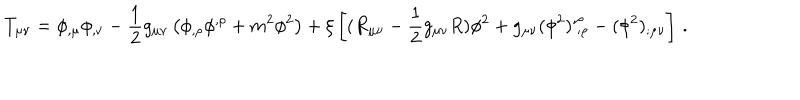
T _ { \mu \nu } = \phi _ { , \mu } \phi _ { , \nu } - \frac 1 2 g _ { \mu \nu } \left( \phi _ { , \rho } \phi ^ { , \rho } + m ^ { 2 } \phi ^ { 2 } \right) + \xi \left[ ( R _ { \mu \nu } - \frac 1 2 g _ { \mu \nu } R ) \phi ^ { 2 } + g _ { \mu \nu } ( \phi ^ { 2 } ) _ { ~ ; \rho } ^ { , \rho } - ( \phi ^ { 2 } ) _ { ; \mu \nu } \right] \, .